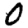
Digit: 0